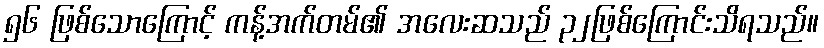
၅၆ ဖြစ်သောကြောင့် ကန့်အက်တမ်၏ အလေးဆသည် ၃၂ဖြစ်ကြောင်းသိရသည်။